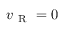
v _ { \mathrm { ~ R ~ } } = 0